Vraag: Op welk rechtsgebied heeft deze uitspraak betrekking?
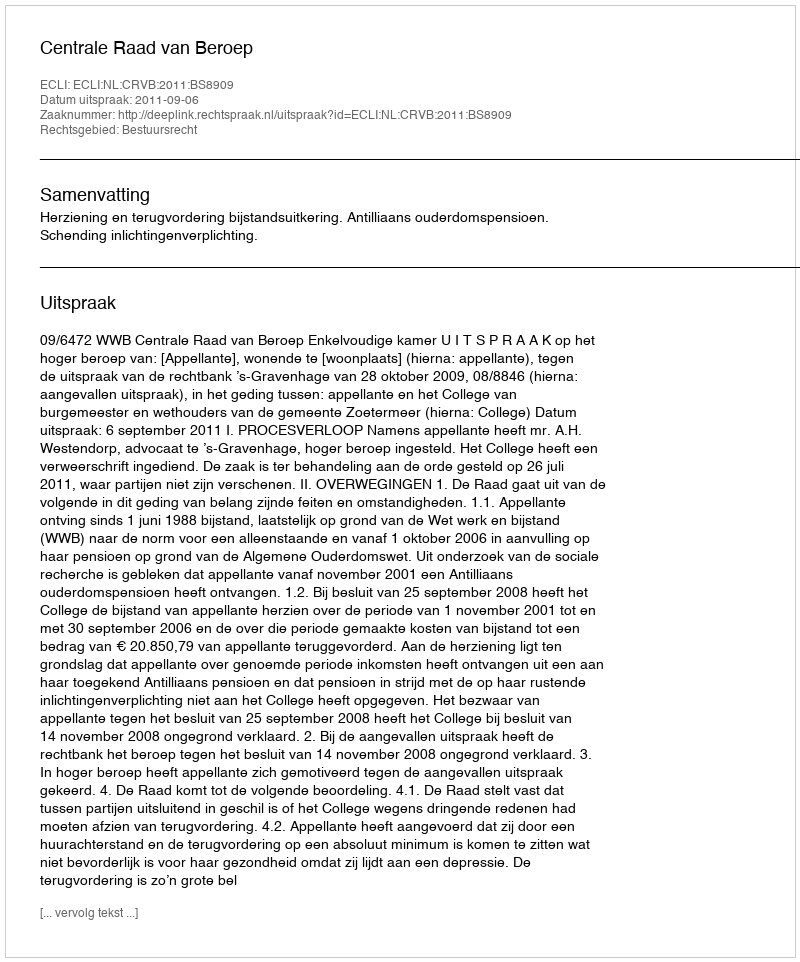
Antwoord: Bestuursrecht